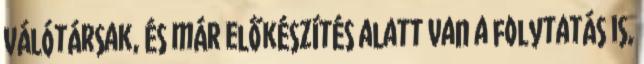
Válótársak, és már előkészítés alatt van a folytatás is,